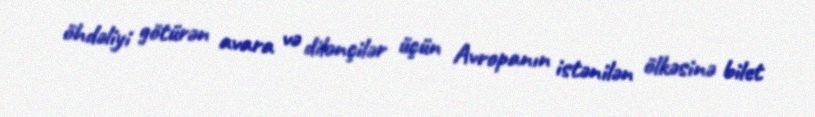
öhdəliyi götürən avara və dilənçilər üçün Avropanın istənilən ölkəsinə bilet